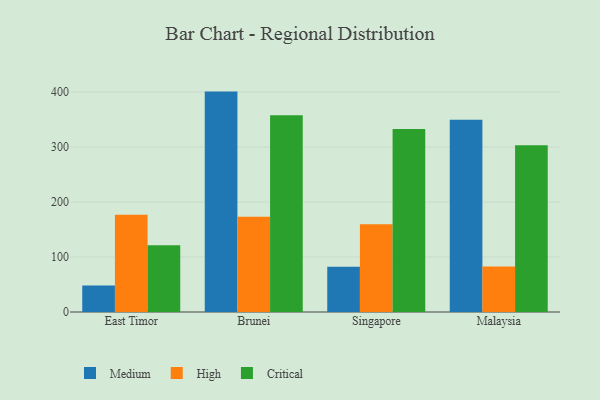
{"axis": {"x": "Country", "y": "Customer Acquisition Cost (USD)"}, "legend": ["Critical", "High", "Medium"], "data": [{"x": "East Timor", "y": 48.2, "type": "Medium"}, {"x": "East Timor", "y": 176.9, "type": "High"}, {"x": "East Timor", "y": 121.3, "type": "Critical"}, {"x": "Brunei", "y": 400.8, "type": "Medium"}, {"x": "Brunei", "y": 173.4, "type": "High"}, {"x": "Brunei", "y": 358.0, "type": "Critical"}, {"x": "Singapore", "y": 82.3, "type": "Medium"}, {"x": "Singapore", "y": 159.7, "type": "High"}, {"x": "Singapore", "y": 332.9, "type": "Critical"}, {"x": "Malaysia", "y": 349.4, "type": "Medium"}, {"x": "Malaysia", "y": 82.9, "type": "High"}, {"x": "Malaysia", "y": 303.2, "type": "Critical"}]}